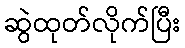
ဆွဲထုတ်လိုက်ပြီး